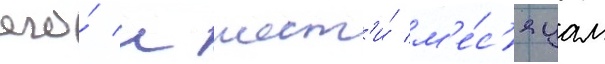
его́ к шест'и́ м'е́с'яцам